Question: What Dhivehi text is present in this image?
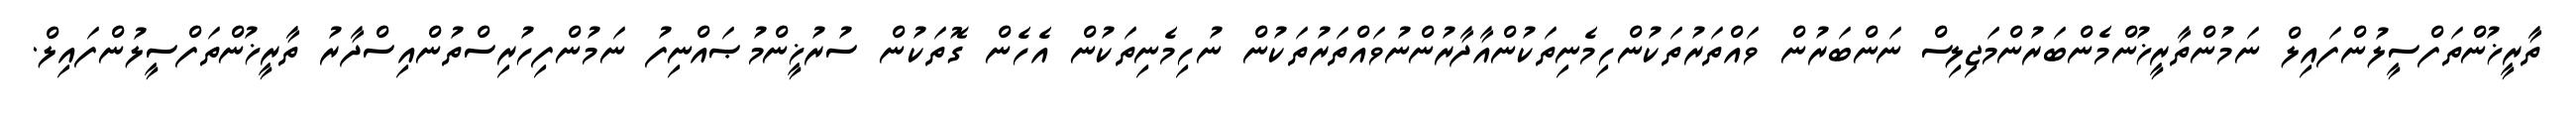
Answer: ތާރީޚުންތަފްސީލުންފައިލް ނަމުންތާރީޚުންމެންބަރުންމަޖިލިސް ނަންބަރުން ވައްތަރުތަކުންހިމެނިތަކުންއާދާރުންނުވައްތަރުތަކުން ނުހިމެނިތަކުން އެހެން ގޮތަކުން ސުރުޚީންމުޞައްނިފު ނަމުންފިހުރިސްތުންއިސްދާރު ތާރީޚުންތަފްސީލުންފައިލް.